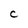
Character: C